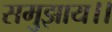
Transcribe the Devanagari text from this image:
समुझाय।।